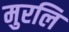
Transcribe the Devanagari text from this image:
मुरलि